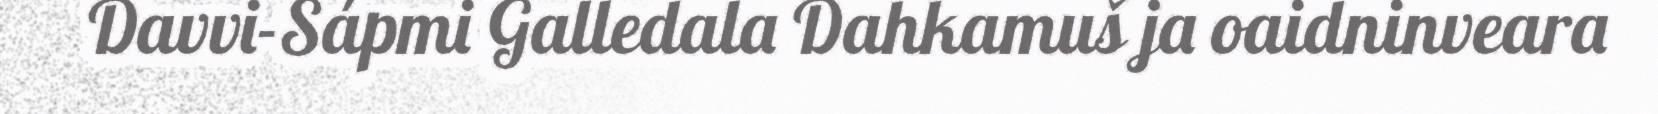
Davvi-Sápmi Galledala Dahkamuš ja oaidninveara